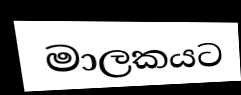
මාලකයට